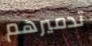
تدميرهم